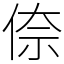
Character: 倷